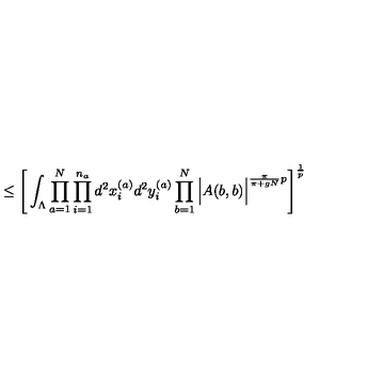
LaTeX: \leq \Bigg [ \int _ { \Lambda } \prod _ { a = 1 } ^ { N } \prod _ { i = 1 } ^ { n _ { a } } d ^ { 2 } x _ { i } ^ { ( a ) } d ^ { 2 } y _ { i } ^ { ( a ) } \prod _ { b = 1 } ^ { N } \Big | A ( b , b ) \Big | ^ { \frac { \pi } { \pi + g N } p } \Bigg ] ^ { \frac { 1 } { p } }